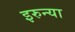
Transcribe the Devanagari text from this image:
इरुन्या